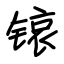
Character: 锿